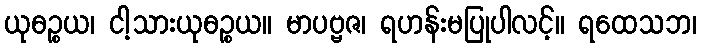
ယုဓဉ္စယ၊ ငါ့သားယုဓဉ္စယ။ မာပဗ္ဗဇ၊ ရဟန်းမပြုပါလင့်။ ရထေသဘ၊